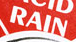
RAIN